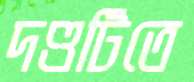
দণ্ডটিতে